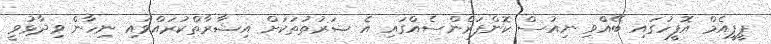
ޕީޕީއެމް އޮފީހުގައި ބޭއްވި ނިއުސް ކޮންފަރެންސެއްގައި އެ ޝަރުތުތަކަށް އިޝާރާތްކުރައްވައި ނިހާން ވިދާޅުވީ